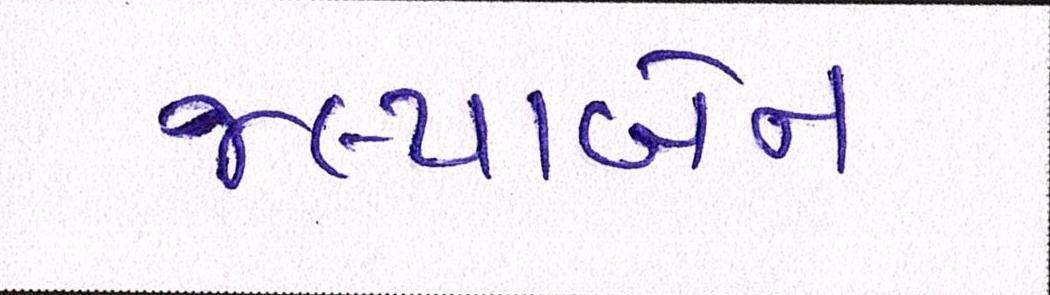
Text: જલ્પાબેન